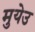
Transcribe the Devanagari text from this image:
मुयेउ